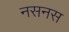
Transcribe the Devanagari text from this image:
नसनस